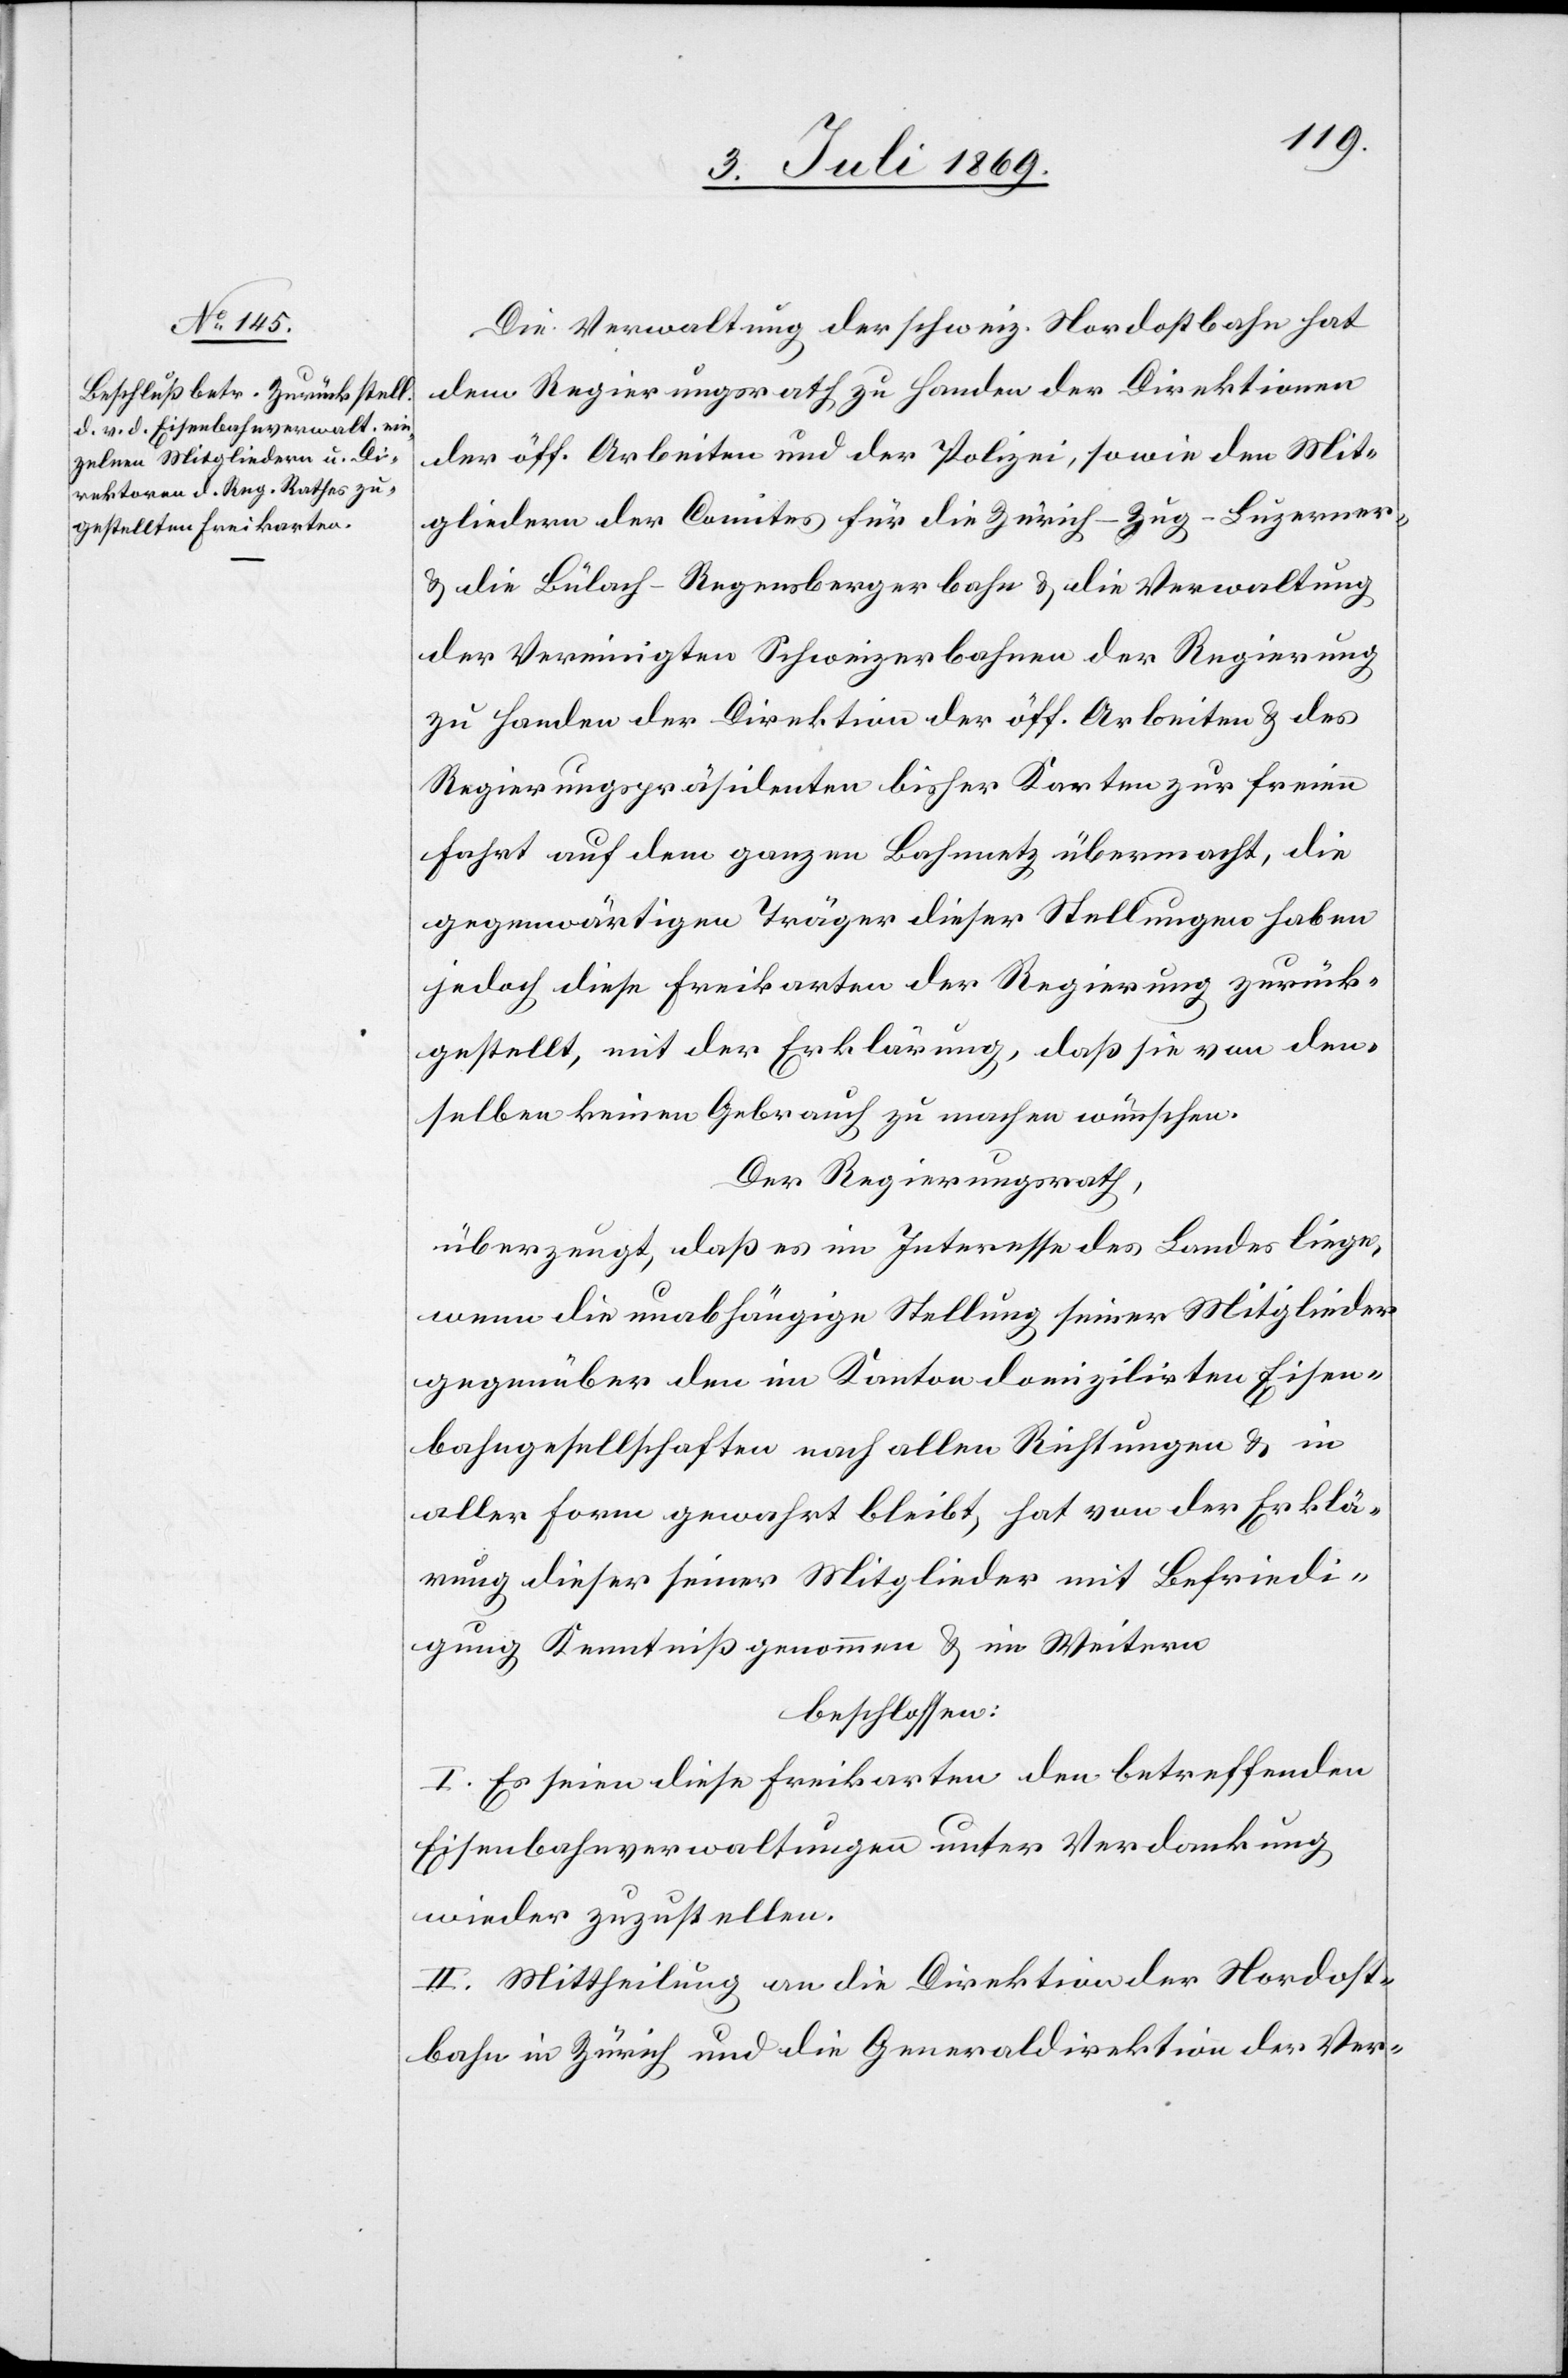
Die Verwaltung der schweiz. Nordostbahn hat
dem Regierungsrathe zu Handen der Direktionen
der öff. Arbeiten und der Polizei, sowie den Mit¬
gliedern der Comites für die Zürich-Zug-Luzerner-
u. die Bülach-Regensbergerbahn u. die Verwaltung
der Vereinigten Schweizerbahnen der Regierung
zu Handen der Direktion der öff. Arbeiten u. des
Regierungspräsidenten bisher Karten zur freien
Fahrt auf dem ganzen Bahnnetz übermacht, die
gegenwärtigen Träger dieser Stellungen haben
jedoch diese Freikarten der Regierung zurück¬
gestellt, mit der Erklärung, daß sie von den¬
selben keinen Gebrauch zu machen wünschen.
Der Regierungsrath,
überzeugt, daß es im Interesse des Landes liege,
wenn die unabhängige Stellung seiner Mitglieder
gegenüber den im Kanton domilizirten Eisen¬
bahngesellschaften nach allen Richtungen u. in
alle Form gewahrt bleibt, hat von der Erklä¬
rung dieser seiner Mitglieder mit Befriedi¬
gung Kenntniß genommen u. im Weitern
beschlossen:
I. Es seien diese Freikarten den betreffenden
Eisenbahnverwaltungen unter Verdankung
wieder zuzustellen.
II. Mittheilung an die Direktion der Nordost¬
bahn in Zürich und die Generaldirektion der Ver-